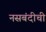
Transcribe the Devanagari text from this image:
नसबंदीची